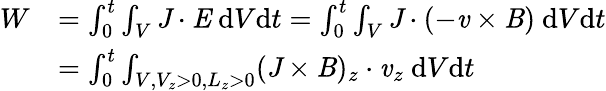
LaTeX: \begin{array}{rl}{W}&{=\int_{0}^{t}\int_{V}\textbf{\emph{J}}\cdot\textbf{\emph{E}}~\mathrm{d}V\mathrm{d}t=\int_{0}^{t}\int_{V}\textbf{\emph{J}}\cdot(-\textbf{\emph{v}}\times\textbf{\emph{B}})~\mathrm{d}V\mathrm{d}t}\\ &{=\int_{0}^{t}\int_{V,V_{z}>0,L_{z}>0}(\textbf{\emph{J}}\times\textbf{\emph{B}})_{z}\cdot\textbf{\emph{v}}_{z}~\mathrm{d}V\mathrm{d}t}\end{array}